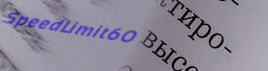
SpeedLimit60